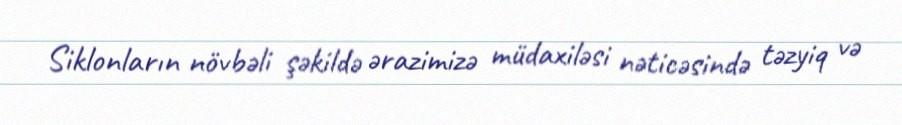
Siklonların növbəli şəkildə ərazimizə müdaxiləsi nəticəsində təzyiq və